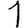
Digit: 1